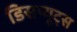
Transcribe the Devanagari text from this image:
डिसप्यूट्स